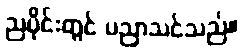
ညပိုင်းတွင် ပညာသင်သည်။